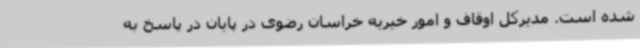
شده است. مدیرکل اوقاف و امور خیریه خراسان رضوی در پایان در پاسخ به